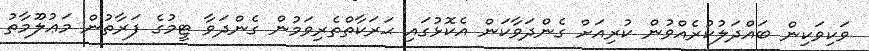
ވަކިވަކިން ބައްދަލުކުރެއްވުން ކުރިއަށް ގެންދަވާކަން އެކޮޅުގައި ޙަރަކާތްތެރިވަމުން ގެންދަވާ ޓީމުގެ ފަރާތުން މަޢުލޫމާތު